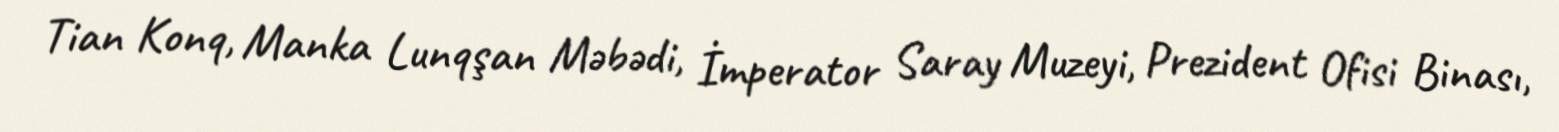
Tian Konq, Manka Lunqşan Məbədi, İmperator Saray Muzeyi, Prezident Ofisi Binası,